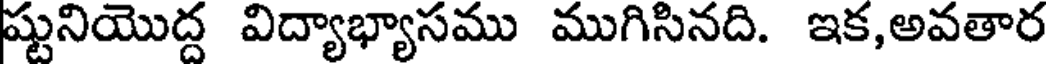
ష్టునియొద్ద విద్యాభ్యాసము ముగిసినది. ఇక,అవతార